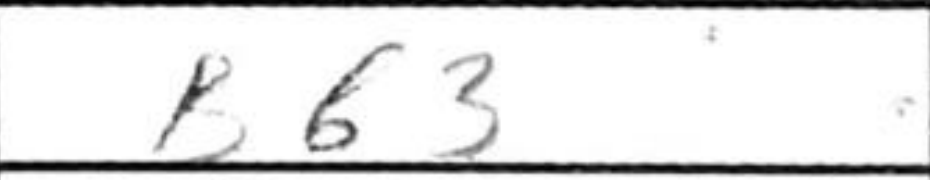
Transcription: Bb3